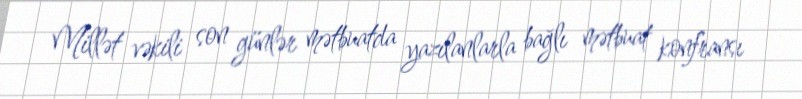
Millət vəkili son günlər mətbuatda yazılanlarla bağlı mətbuat konfransı